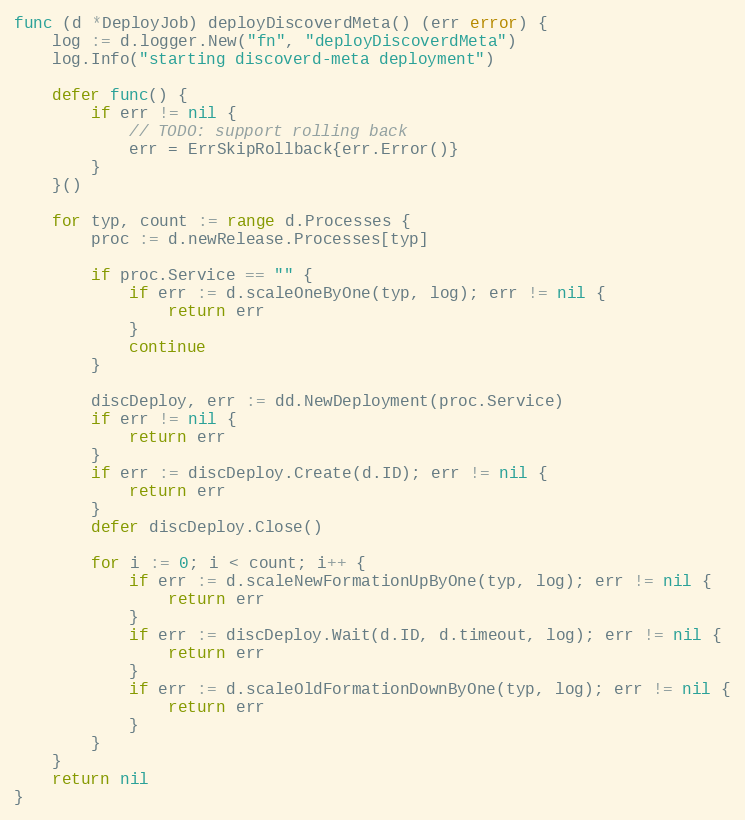
Language: Go
func (d *DeployJob) deployDiscoverdMeta() (err error) {
	log := d.logger.New("fn", "deployDiscoverdMeta")
	log.Info("starting discoverd-meta deployment")

	defer func() {
		if err != nil {
			// TODO: support rolling back
			err = ErrSkipRollback{err.Error()}
		}
	}()

	for typ, count := range d.Processes {
		proc := d.newRelease.Processes[typ]

		if proc.Service == "" {
			if err := d.scaleOneByOne(typ, log); err != nil {
				return err
			}
			continue
		}

		discDeploy, err := dd.NewDeployment(proc.Service)
		if err != nil {
			return err
		}
		if err := discDeploy.Create(d.ID); err != nil {
			return err
		}
		defer discDeploy.Close()

		for i := 0; i < count; i++ {
			if err := d.scaleNewFormationUpByOne(typ, log); err != nil {
				return err
			}
			if err := discDeploy.Wait(d.ID, d.timeout, log); err != nil {
				return err
			}
			if err := d.scaleOldFormationDownByOne(typ, log); err != nil {
				return err
			}
		}
	}
	return nil
}